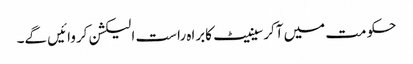
حکومت میں آکرسینیٹ کابراہ راست الیکشن کروائیں گے۔